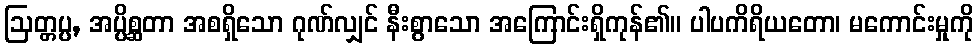
ဩတ္တပ္ပ, အပ္ပိစ္ဆတာ အစရှိသော ဂုဏ်လျှင် နီးစွာသော အကြောင်းရှိကုန်၏။ ပါပကိရိယတော၊ မကောင်းမှုကို